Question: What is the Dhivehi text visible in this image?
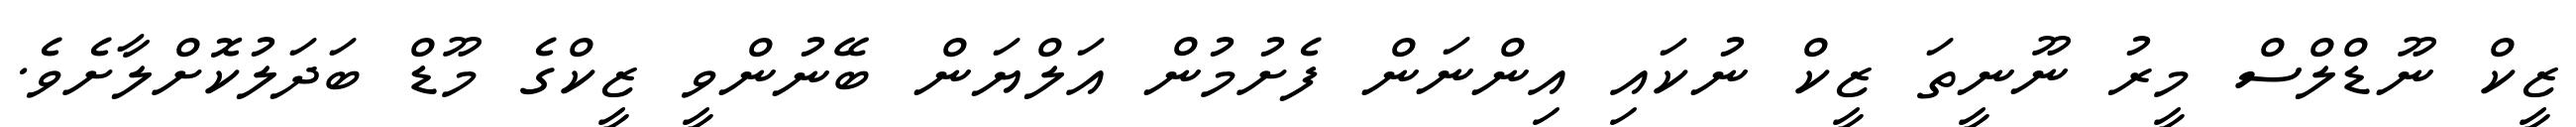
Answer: ޒީކް ނޫޑްލްސް މީރު ނޫނީތަ ޒީކް ނުކައި އިންނަން ފެށުމުން އަލްޔަން ބޭނުންވީ ޒީކްގެ މޫޑް ބަދަލުކޮށްލާށެވެ.